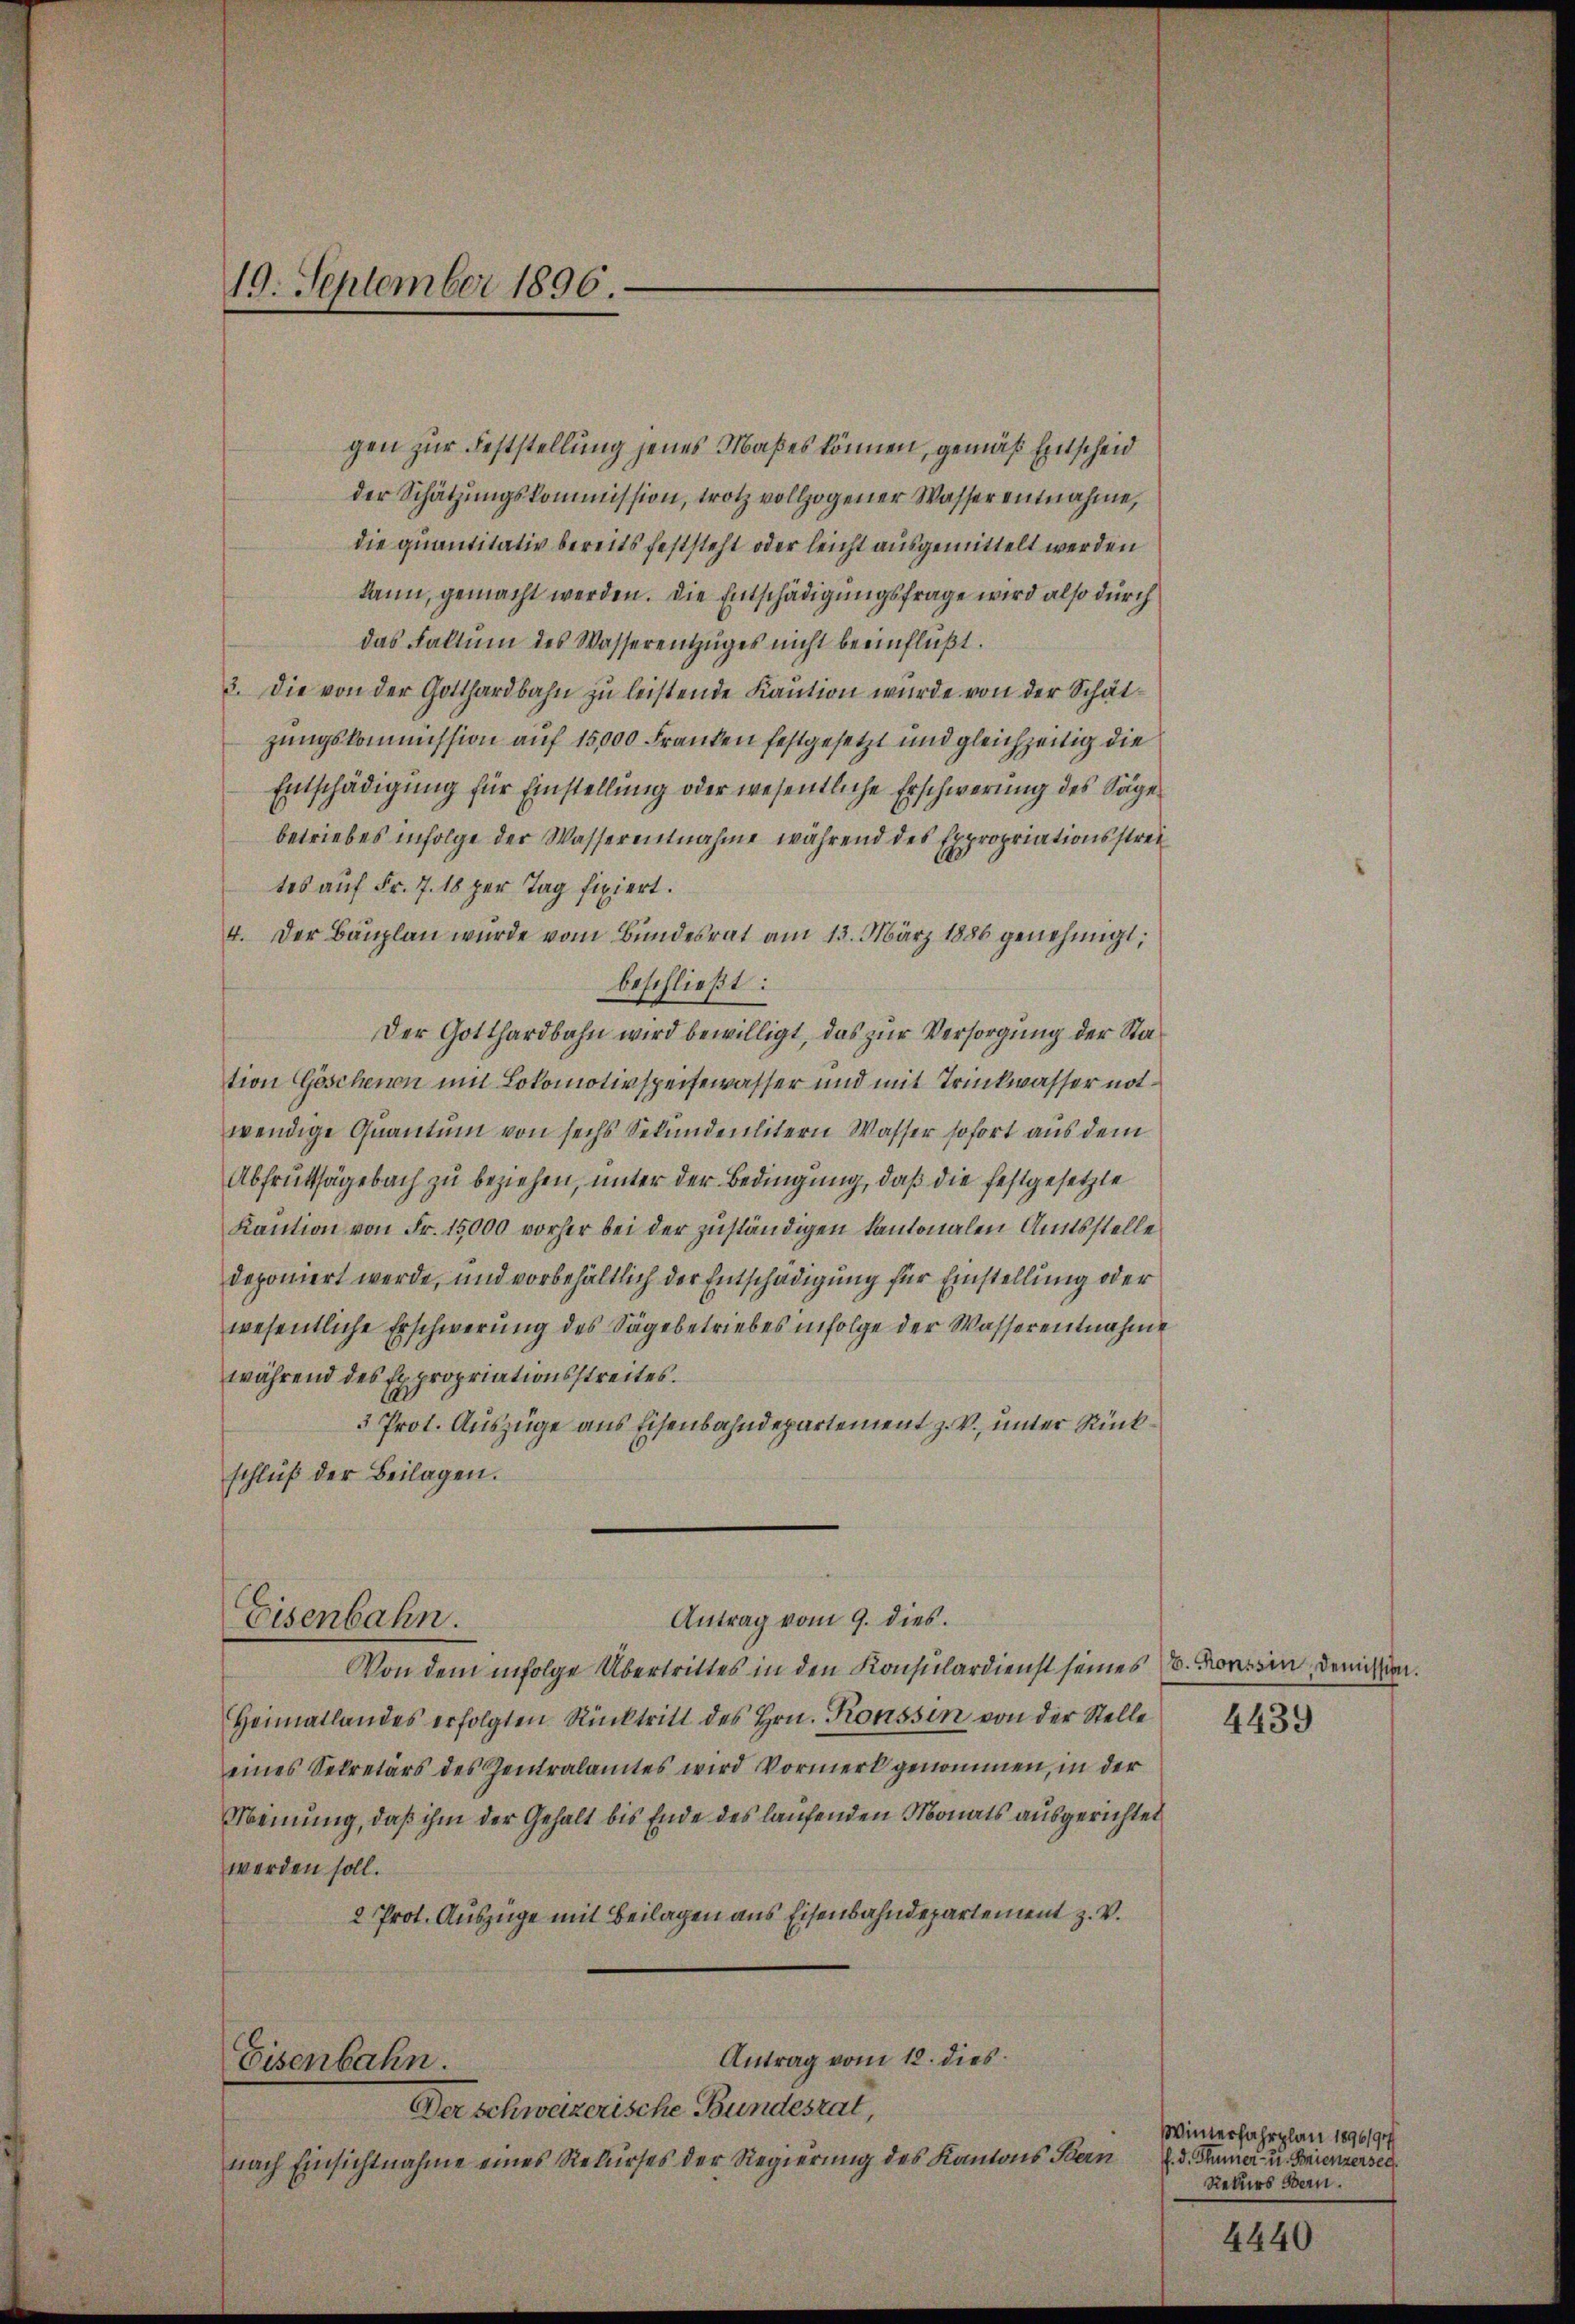
19. September 1896.

gen zur Feststellung jenes Maßes können, gemäß Entscheid
der Schätzungskommission, trotz vollzogener Wasser entnahme,
die quantitativ bereits feststeht oder leicht ausgemittelt werden
kann, gemacht werden. Die Entschädigungsfrage wird also durch
das Faktum des Wasserentzŭges nicht beeinflüßt.
3. Die von der Gotthardbahn zu leistende Kaution wurde von der Schätzungskommission auf 15,000 Franken festgesetzt und gleichzeitig die
Entschädigung für Einstellung oder wesentliche Erschwerung des Sägebetriebes infolge der Wasserentnahme während des Expropriationsstreites auf Fr. 7. 18 per Tag fixiert.
4. Der Baŭplan wurde vom Bundesrat am 13. März 1886 genehmigt;
beschließt:
Der Gotthardbahn wird bewilligt, das zur Versorgung der Station Göschenen mit Lokomotivspeisewasser und mit Trinkwasser notwendige Quantum von sechs Sekundenlitern Wasser sofort aus dem
Abfruttsägebach zu beziehen, unter der Bedingung, daß die festgesetzte
Kaution von Fr. 15000 vorher bei der zuständigen kantonalen Amtsstelle
deponiert werde, und vorbehältlich der Entschädigung für Einstellung oder
wesentliche Erschwerung des Sägebetriebes infolge der Wasserentnahme
während des Expropriationsstreites.
3 Prot. Auszüge aus Eisenbahndepartement z. V., unter Rückschluß der Beilagen.
Antrag vom 9. dies
Eisenbahn.
Von dem infolge Übertrittes in den Konsulardienst seines v. Konssin, demission.
Heimatlandes erfolgten Rücktritt des Hrn. Konssin von der Stelle
eines Sekretärs des Zentralamtes wird Vormerk genommen, in der
Meinung, daß ihm der Gehalt bis Ende des laufenden Monats ausgerichtet
werden soll.
2 Prot. Auszüge mit Beilagen aus Eisenbahndepartement z. V.
Antrag vom 12. dies
Eisenbahn.
Der schweizerische Bundesrat,
nach Einsichtnahme eines Rekurses der Regierung des Kantons Bern

4439

Winterfahrplan 1896/97/
f. d. Thier- u. Knienzerseg
Rekurs Bern.

4440